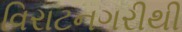
વિરાટનગરીથી